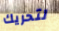
لتحريك